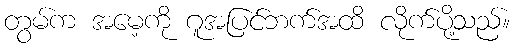
တွမ်က အမေ့ကို ဂူအပြင်ဘက်အထိ လိုက်ပို့သည်။